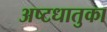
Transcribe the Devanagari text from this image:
अष्टधातुका